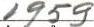
1959